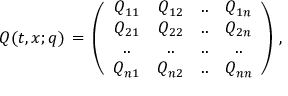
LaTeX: Q ( t , x ; q ) \, = \, \left( \begin{array} { c c c c } { { Q _ { 1 1 } } } & { { Q _ { 1 2 } } } & { { . . } } & { { Q _ { 1 n } } } \\ { { Q _ { 2 1 } } } & { { Q _ { 2 2 } } } & { { . . } } & { { Q _ { 2 n } } } \\ { { . . } } & { { . . } } & { { . . } } & { { . . } } \\ { { Q _ { n 1 } } } & { { Q _ { n 2 } } } & { { . . } } & { { Q _ { n n } } } \end{array} \right) \, ,